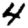
Digit: 4